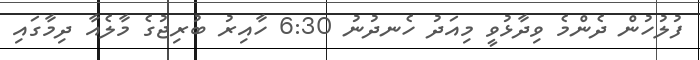
ފުލުހުން ދެންމެ ވިދާޅުވީ މިއަދު ހެނދުނު 6:30 ހާއިރު ބުރިޖުގެ މާލެއާ ދިމާގައި